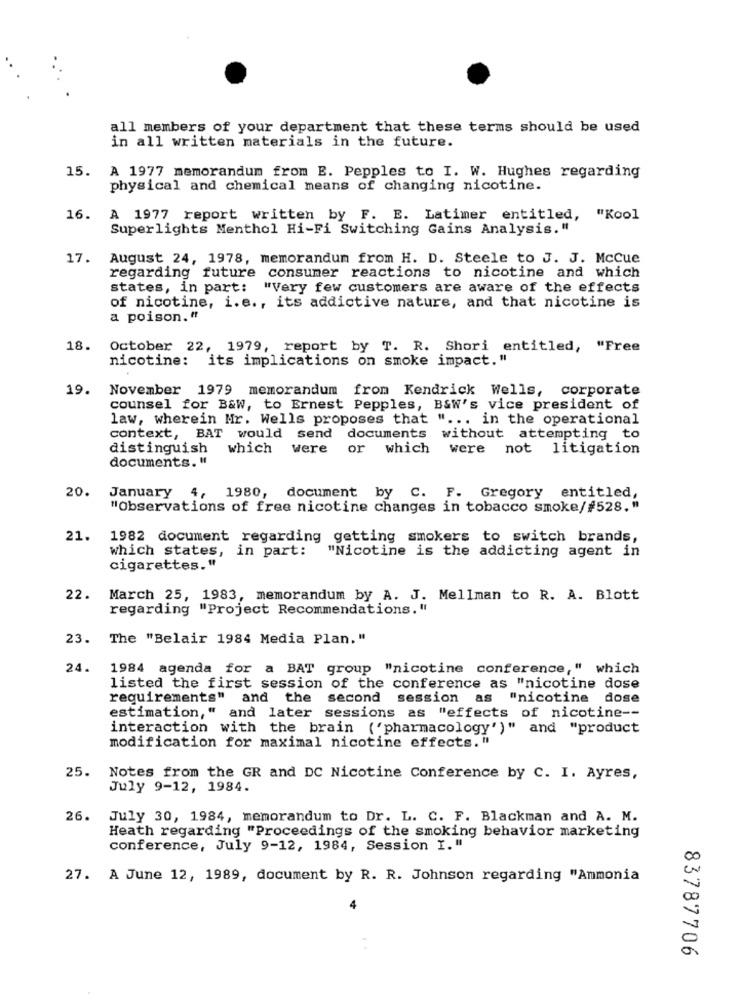
all members of your department that these terms should be used
in all written materials in the future.
15. A 1977 memorandum from E. Pepples to I. W. Hughes regarding
physical and chemical means of changing nicotine.
16. A 1977 report written by F. E. Latimer entitled, "Kool
Superlights Menthol Hi-Fi Switching Gains Analysis."
17.
August 24, 1978, memorandum from H. D. Steele to J. J. Mccue
regarding future consumer reactions to nicotine and which
states, in part: "Very few customers are aware of the effects
of nicotine, i.e ., its addictive nature, and that nicotine is
a poison."
18.
October 22, 1979, report by T. R. Shori entitled, "Free
nicotine: its implications on smoke impact."
19.
November 1979 memorandum from Kendrick Wells, corporate
counsel for B&W, to Ernest Pepples, B&W's vice president of
law, wherein Mr. Wells proposes that " ... in the operational
context, BAT would send documents without attempting to
distinguish
which were or which
were not litigation
documents. "
20.
January 4, 1980, document by C. F. Gregory entitled,
"Observations of free nicotine changes in tobacco smoke/#528."
21.
1982 document regarding getting smokers to switch brands,
which states, in part:
"Nicotine is the addicting agent in
cigarettes."
22.
March 25, 1983, memorandum by A. J. Mellman to R. A. Blott
regarding "Project Recommendations."
23. The "Belair 1984 Media Plan."
24.
1984 agenda for a BAT group "nicotine conference," which
listed the first session of the conference as "nicotine dose
requirements" and the
second session as "nicotine dose
estimation," and later sessions as "effects of nicotine --
interaction with the brain ('pharmacology')" and "product
modification for maximal nicotine effects."
25. Notes from the GR and DC Nicotine Conference by C. I. Ayres,
July 9-12, 1984.
26.
July 30, 1984, memorandum to Dr. L. C. F. Blackman and A. M.
Heath regarding "Proceedings of the smoking behavior marketing
conference, July 9-12, 1984, Session I. "
27. A June 12, 1989, document by R. R. Johnson regarding "Ammonia
83787706